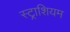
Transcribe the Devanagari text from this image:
स्ट्राशियम